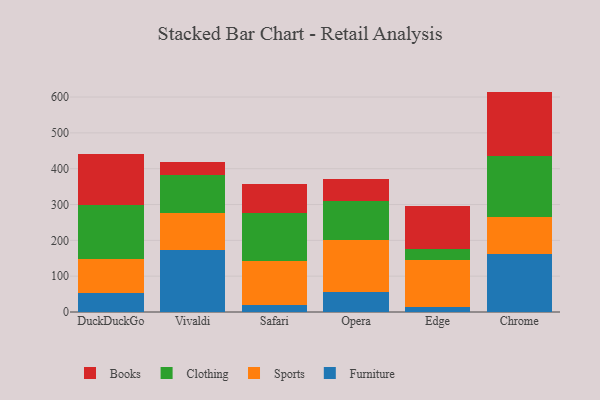
{"axis": {"x": "Browser", "y": "Market Share (%)"}, "legend": ["Books", "Clothing", "Furniture", "Sports"], "data": [{"x": "DuckDuckGo", "y": 53.4, "type": "Furniture"}, {"x": "DuckDuckGo", "y": 95.8, "type": "Sports"}, {"x": "DuckDuckGo", "y": 149.1, "type": "Clothing"}, {"x": "DuckDuckGo", "y": 142.7, "type": "Books"}, {"x": "Vivaldi", "y": 172.0, "type": "Furniture"}, {"x": "Vivaldi", "y": 104.8, "type": "Sports"}, {"x": "Vivaldi", "y": 106.6, "type": "Clothing"}, {"x": "Vivaldi", "y": 36.3, "type": "Books"}, {"x": "Safari", "y": 18.2, "type": "Furniture"}, {"x": "Safari", "y": 124.7, "type": "Sports"}, {"x": "Safari", "y": 133.2, "type": "Clothing"}, {"x": "Safari", "y": 81.7, "type": "Books"}, {"x": "Opera", "y": 56.1, "type": "Furniture"}, {"x": "Opera", "y": 144.3, "type": "Sports"}, {"x": "Opera", "y": 108.8, "type": "Clothing"}, {"x": "Opera", "y": 61.2, "type": "Books"}, {"x": "Edge", "y": 13.5, "type": "Furniture"}, {"x": "Edge", "y": 130.3, "type": "Sports"}, {"x": "Edge", "y": 32.8, "type": "Clothing"}, {"x": "Edge", "y": 119.1, "type": "Books"}, {"x": "Chrome", "y": 162.7, "type": "Furniture"}, {"x": "Chrome", "y": 103.6, "type": "Sports"}, {"x": "Chrome", "y": 170.1, "type": "Clothing"}, {"x": "Chrome", "y": 178.8, "type": "Books"}]}